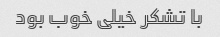
با تشکر خیلی خوب بود